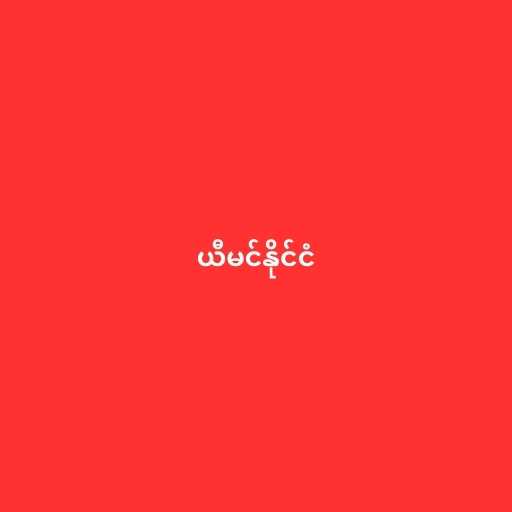
ယီမင်နိုင်ငံ